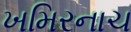
ખમિરનાચ